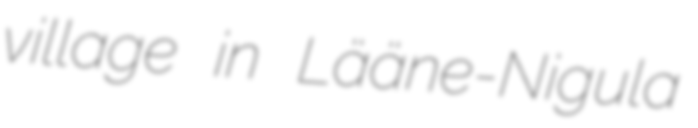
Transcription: village in Lääne-Nigula